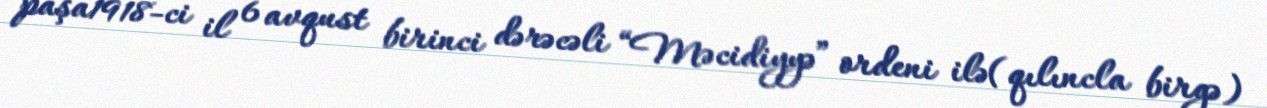
paşa1918-ci il 6 avqust birinci dərəcəli “Məcidiyyə” ordeni ilə(qılıncla birgə)